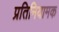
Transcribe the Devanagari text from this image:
प्रतिनियामक